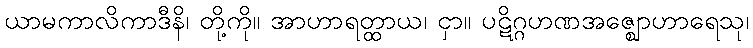
ယာမကာလိကာဒီနိ၊ တို့ကို။ အာဟာရတ္ထာယ၊ ငှာ။ ပဋိဂ္ဂဟဏအဇ္ဈောဟာရေသု၊